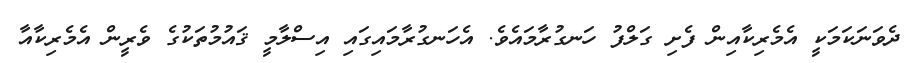
ދެވަނަކަމަކީ އެމެރިކާއިން ފެށި ގަލްފު ހަނގުރާމައެވެ. އެހަނގުރާމައިގައި އިސްލާމީ ޤައުމުތަކުގެ ވެރީން އެމެރިކާއާ